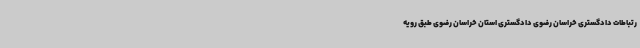
رتباطات دادگستری خراسان رضوی دادگستری استان خراسان رضوی طبق رویه